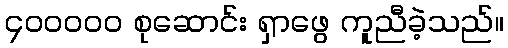
၄၀၀၀၀၀ စုဆောင်း ရှာဖွေ ကူညီခဲ့သည်။